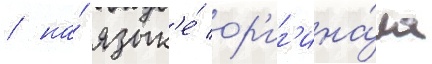
/ на́ язык'е́ ор'иг'ина́ла